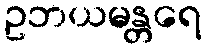
ဥဘယမန္တရေ